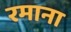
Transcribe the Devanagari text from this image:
रमाना